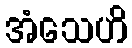
အံသေဟိ